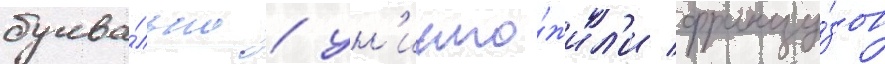
буква́льно / ун'ичто́жил'и францу́зов